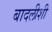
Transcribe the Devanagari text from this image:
बादलीशी